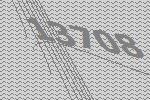
13708